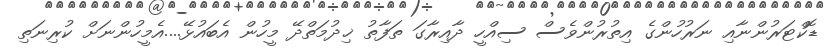
ޑޮކްޓަރުންނާއި ނަރުހުންގެ އިތުރުންވެސް ސިއްހީ ދާއިރާގަ ތަފާތު ޚިދުމަތްދޭ މީހުން އެބައުޅޭ....އެމީހުންނަށް ކުރިނަތި